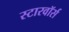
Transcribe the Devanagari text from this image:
स्टारवॉर्स